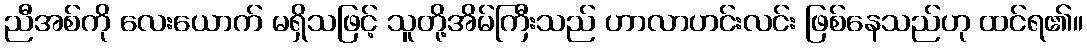
ညီအစ်ကို လေးယောက် မရှိသဖြင့် သူတို့အိမ်ကြီးသည် ဟာလာဟင်းလင်း ဖြစ်နေသည်ဟု ထင်ရ၏။